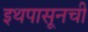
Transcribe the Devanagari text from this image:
इथपासूनची